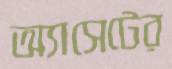
অ্যাসেটের